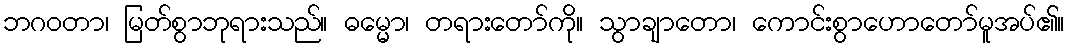
ဘဂဝတာ၊ မြတ်စွာဘုရားသည်။ ဓမ္မော၊ တရားတော်ကို။ သွာချာတော၊ ကောင်းစွာဟောတော်မူအပ်၏။